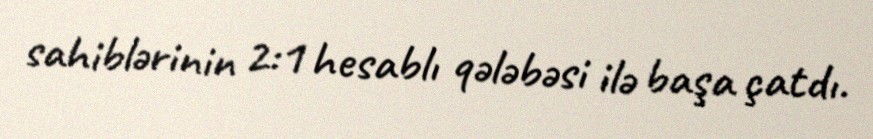
sahiblərinin 2:1 hesablı qələbəsi ilə başa çatdı.